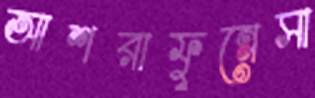
আশরাফুন্নেসা